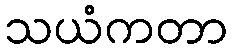
သယံကတာ